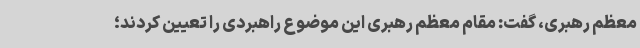
معظم رهبری، گفت: مقام معظم رهبری این موضوع راهبردی را تعیین کردند؛